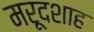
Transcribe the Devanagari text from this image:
मरूदशाह